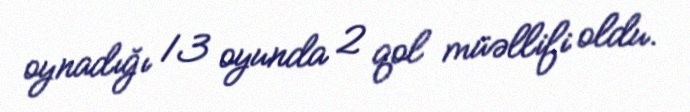
oynadığı 13 oyunda 2 qol müəllifi oldu.